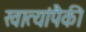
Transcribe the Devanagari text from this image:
खात्यांपैकी